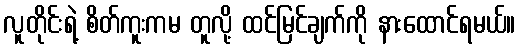
လူတိုင်းရဲ့ စိတ်ကူးကမ တူလို့ ထင်မြင်ချက်ကို နားထောင်ရမယ်။